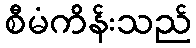
စီမံကိန်းသည်